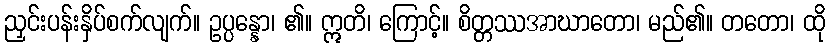
ညှင်းပန်းနှိပ်စက်လျက်။ ဥပ္ပန္နော၊ ၏။ ဣတိ၊ ကြောင့်။ စိတ္တဿအာဃာတော၊ မည်၏။ တတော၊ ထို